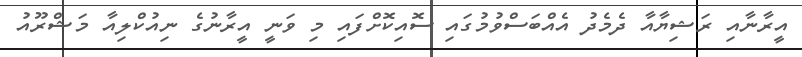
އީރާނާއި ރަޝިޔާއާ ދެމެދު އެއްބަސްވުމުގައި ސޮއިކޮށްފައި މި ވަނީ އީރާނުގެ ނިއުކްލިއާ މަޝްރޫއު